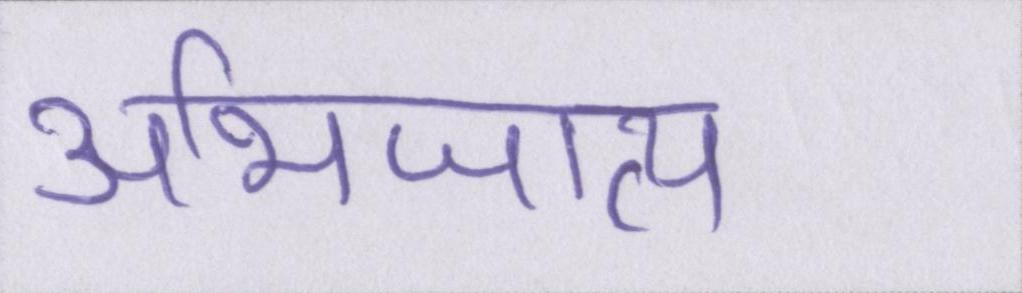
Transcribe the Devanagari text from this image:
अभिजात्य